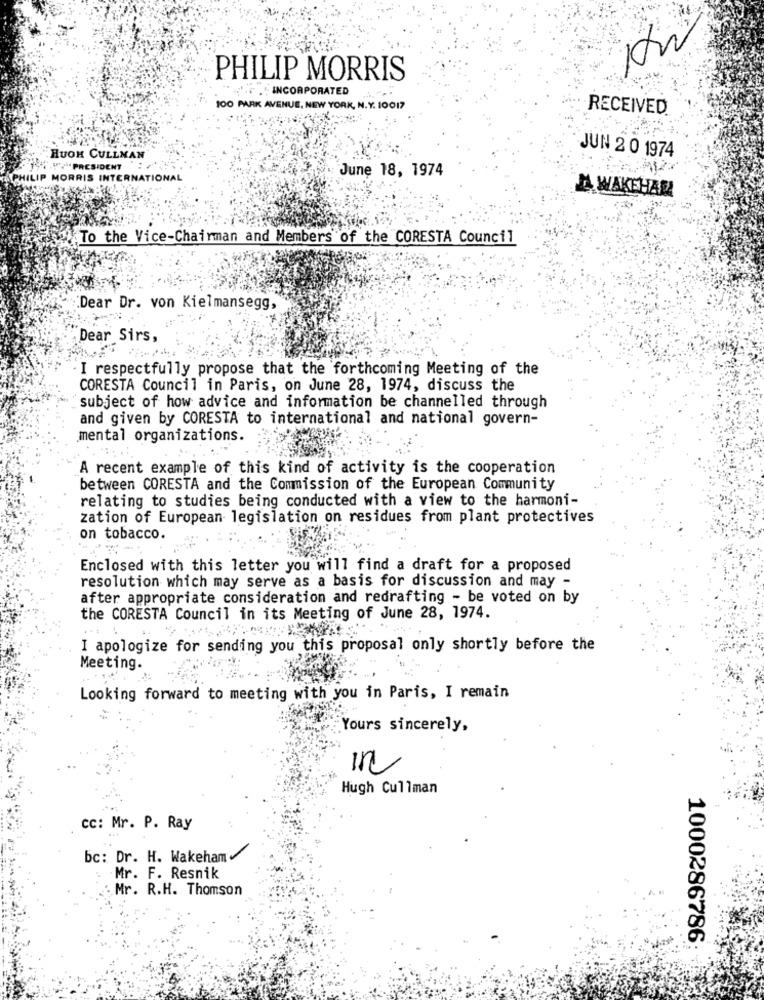
PHILIP MORRIS
"" ." INCORPORATED
100 PARK AVENUE, NEW YORK, N.Y. 10017
RECEIVED
HUOH CULLMAN
JUN 2 0 1974
W7. PRESIDENT
June 18, 1974
LIP MORRIS INTERNATIONAL
JA WAKEHAR
To the Vice-Chairman and Members of the CORESTA Council
Dear Dr. von Kielmansegg,
Dear Sirs,
I respectfully propose that the forthcoming Meeting of the
CORESTA Council in Paris, on June 28, 1974, discuss the
subject of how advice and information be channelled through
and given by CORESTA to international and national govern-
mental organizations.
A recent example of this kind of activity is the cooperation
between CORESTA and the Commission of the European Community
relating to studies being conducted with a view to the harmoni-
zation of European legislation on residues from plant protectives
on tobacco.
Enclosed with this letter you will find a draft for a proposed
resolution which may serve as a basis for discussion and may -
after appropriate consideration and redrafting - be voted on by
the CORESTA Council in its Meeting of June 28, 1974.
I apologize for sending you this proposal only shortly before the
Meeting.
Looking forward to meeting with you in Paris, I remain
Yours sincerely,
in
Hugh Cullman
cc: Mr. P. Ray
bc: Dr. H. Wakeham
Mr. F. Resnik
Mr. R.H. Thomson
1000286786